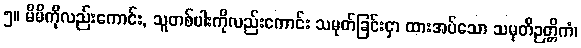
၅။ မိမိကိုလည်းကောင်း, သူတစ်ပါးကိုလည်းကောင်း သမုတ်ခြင်းငှာ ထားအပ်သော သမုတိဉတ္တိကံ၊